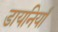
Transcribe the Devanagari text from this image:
डायनियाँ